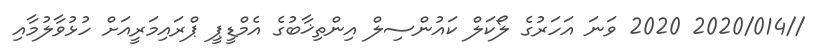
//2020/014 2020 ވަނަ އަހަރުގެ ލޯކަލް ކައުންސިލް އިންތިޚާބުގެ އެމްޑީޕީ ޕްރައިމަރީއަށް ހުޅުވާލުމާއި